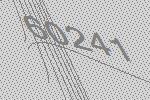
60241